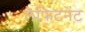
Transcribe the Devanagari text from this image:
लेफिटनेंट